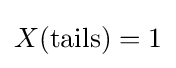
X({\text{tails}})=1